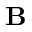
\mathbf { B }